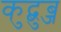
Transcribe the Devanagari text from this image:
कुद्बुब्ज